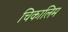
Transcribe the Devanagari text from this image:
चिकालिम